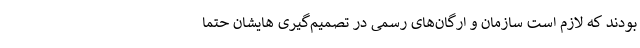
بودند که لازم است سازمان و ارگان‌های رسمی در تصمیم‌گیری هایشان حتماً